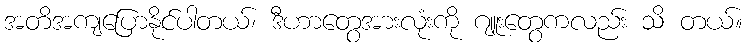
အတိအကျပြောနိုင်ပါတယ်၊ ဒီဟာတွေအားလုံးကို ဂျူးတွေကလည်း သိ တယ်။